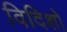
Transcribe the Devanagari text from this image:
विदिशो